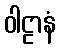
ဝါဠာနံ